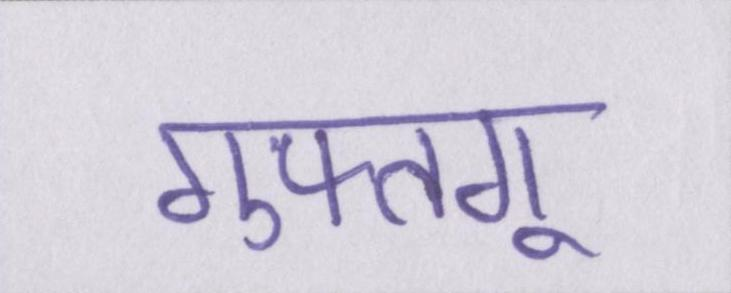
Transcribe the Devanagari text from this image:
गुफ्तगू